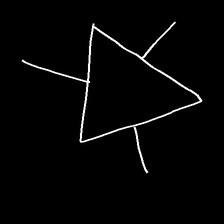
Glyph: fire